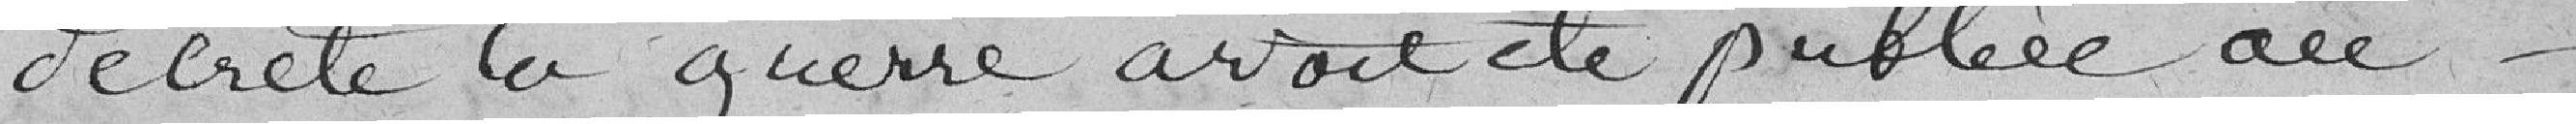
décrète la guerre avait été publiée au